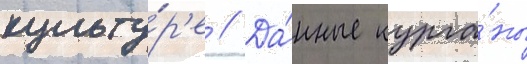
культу́р'е // Да́нные курга́ны